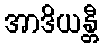
အာဒိယန္တီ